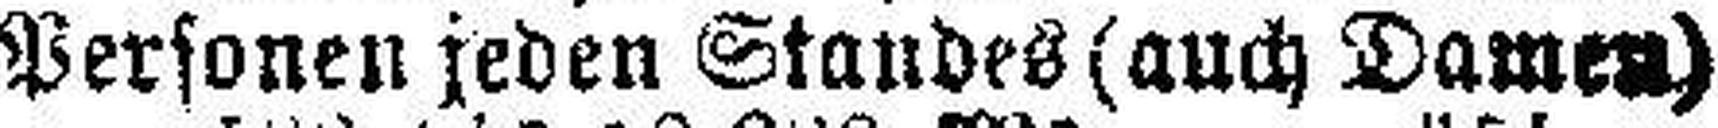
Personen jeden Standes (auch Damen)